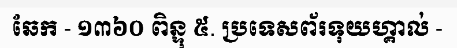
ឆែក - ១៣៦០ ពិន្ទុ ៥. ប្រទេសព័រទុយហ្គាល់ -